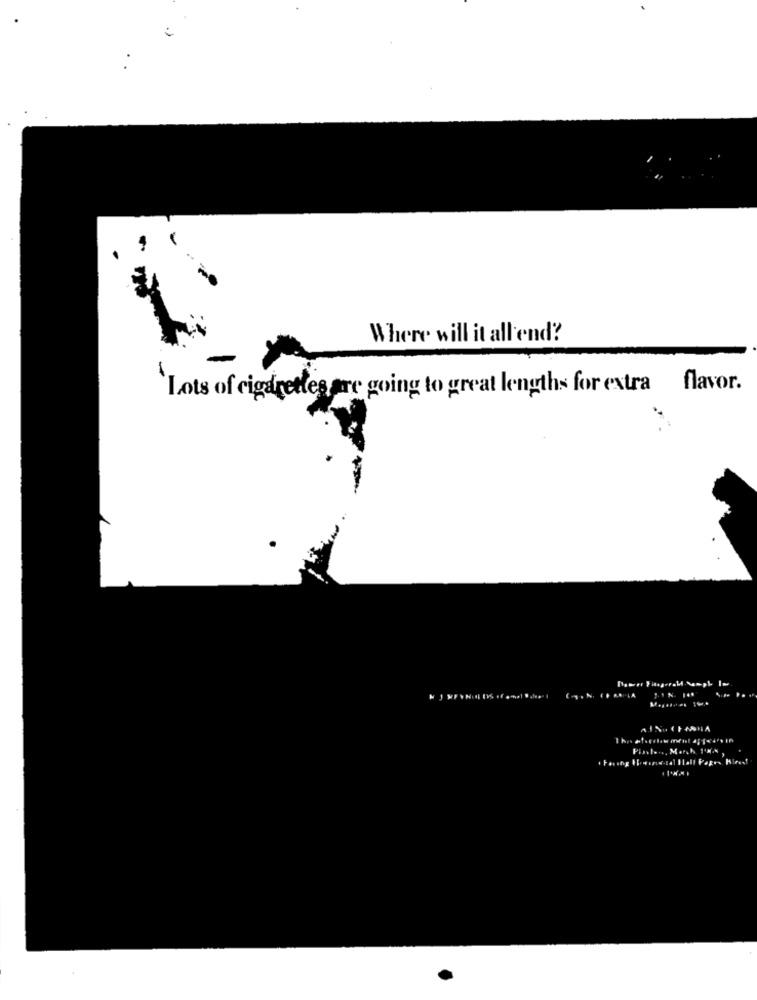
Where will it all end?
Lots of cigarettes are going to great lengths for extra flavor.
Plantera, March 1M